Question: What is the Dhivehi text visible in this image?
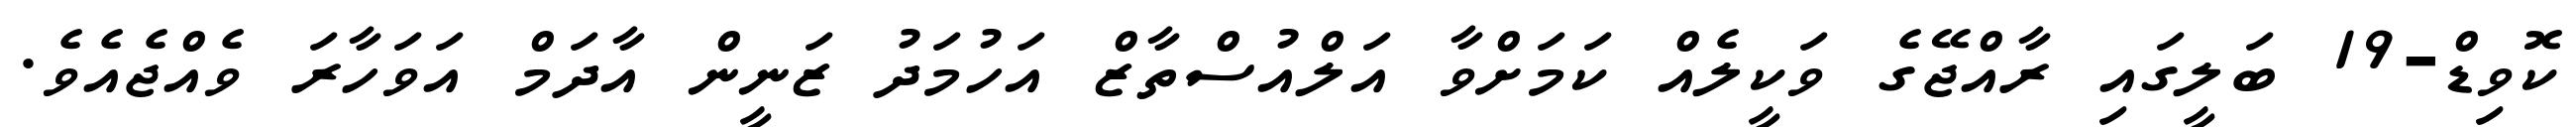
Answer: ކޮވިޑް-19 ބަލީގައި ރާއްޖޭގެ ވަކީލެއް ކަމަށްވާ އަލްއުސްތާޒް އަހުމަދު ޒަނީން އާދަމް އަވަހާރަ ވެއްޖެއެވެ.